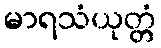
မာရသံယုတ္တံ